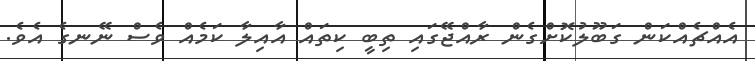
އެއްޗެއްކަން ގަބޫލުކޮށްގެން ރާއްޖޭގައި ތިބީ ކިތައް އާއިލާ ކަމެއް ވެސް ނޭނގެ އެވެ.